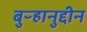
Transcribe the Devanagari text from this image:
बुऱ्हानुद्दीन